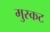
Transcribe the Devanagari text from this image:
मुस्कट